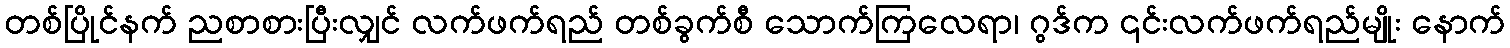
တစ်ပြိုင်နက် ညစာစားပြီးလျှင် လက်ဖက်ရည် တစ်ခွက်စီ သောက်ကြလေရာ၊ ဂွဒ်က ၎င်းလက်ဖက်ရည်မျိုး နောက်